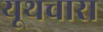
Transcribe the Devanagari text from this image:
यूथचारा